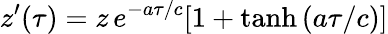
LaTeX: z^{\prime}(\tau)=z\, e^{-a\tau/c}[1+\operatorname{tanh}{(a\tau/c)}]